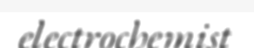
electrochemist